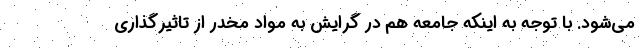
می‌شود. با توجه به اینکه جامعه هم در گرایش به مواد مخدر از تاثیرگذاری